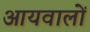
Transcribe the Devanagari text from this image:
आयवालों